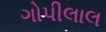
ગોપીલાલ